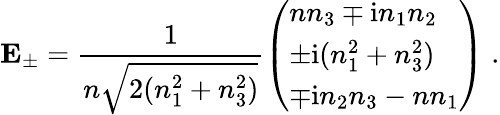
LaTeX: \mathbf{E}_{\pm}=\frac{1}{n\sqrt{2(n_{1}^{2}+n_{3}^{2})}}\left(\begin{array}{l}{nn_{3}\mp\mathrm{i}n_{1}n_{2}}\\ {\pm\mathrm{i}(n_{1}^{2}+n_{3}^{2})}\\ {\mp\mathrm{i}n_{2}n_{3}-nn_{1}}\end{array}\right)\; .